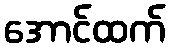
အောင်ထက်